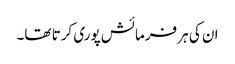
ان کی ہر فرمائش پوری کرتا تھا۔